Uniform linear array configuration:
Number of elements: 32
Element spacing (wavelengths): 0.25
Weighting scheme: cosine
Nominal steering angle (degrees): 0
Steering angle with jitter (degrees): -0.3192
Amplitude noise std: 0.05
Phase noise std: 0.05

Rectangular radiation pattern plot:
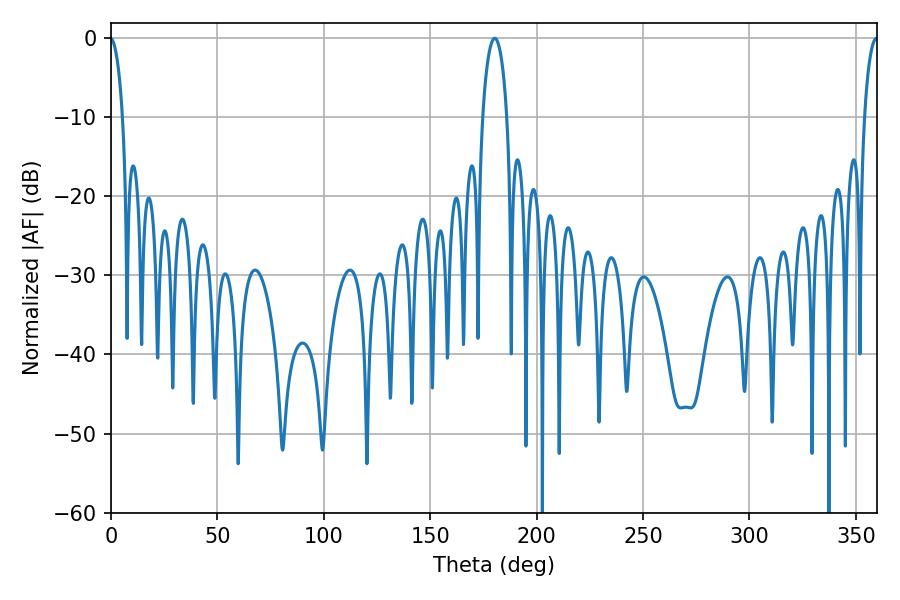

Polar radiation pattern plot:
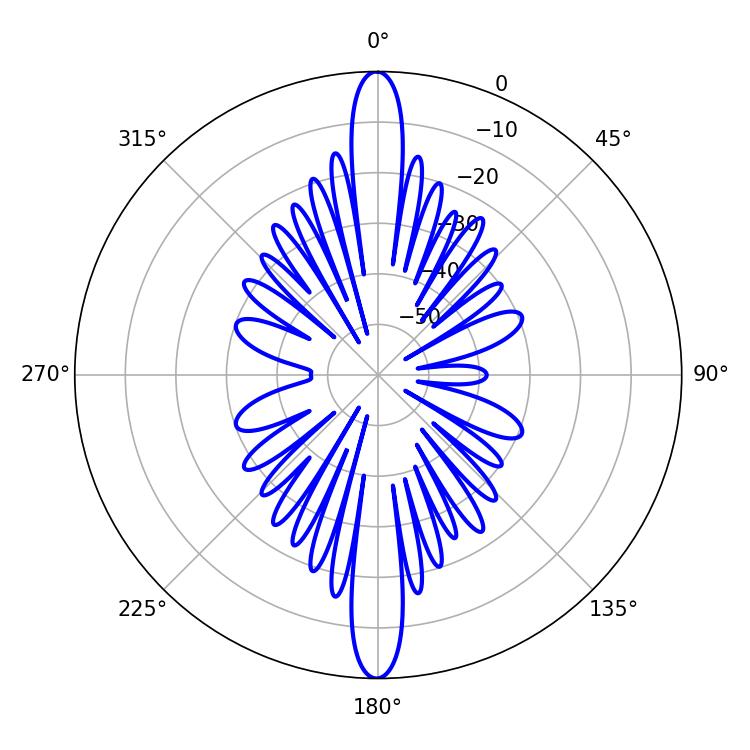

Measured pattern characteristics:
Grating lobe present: FALSE
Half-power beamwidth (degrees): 6.48
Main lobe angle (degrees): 180.36